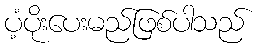
ပံ့ပိုးပေးမည်ဖြစ်ပါသည်